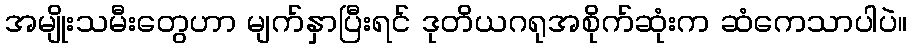
အမျိုးသမီးတွေဟာ မျက်နှာပြီးရင် ဒုတိယဂရုအစိုက်ဆုံးက ဆံကေသာပါပဲ။